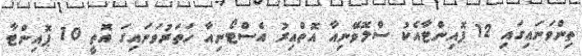
ތިންވަނައިގައި 12 ޕޮއިންޓާއެކު ސްލޮވޭނިއާ އޮތްއިރު އެސްޓޯނިއާ ހަތަރުވަނައިގަ އޮތީ 10 ޕޮއިންޓާ